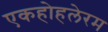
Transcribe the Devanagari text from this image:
एकहोहलेरम